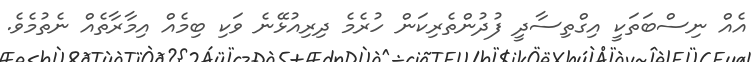
އެއް ނިސްބަތަކީ އިގްތިސާދީ ފުދުންތެރިކަން ހުރެމެ ދިރިއުޅޭނެ ވަކި ބިމެއް އިމާރާތެއް ނެތުމެވެ.